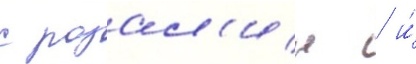
с розал'ин / и́